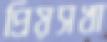
প্রিয়সখা